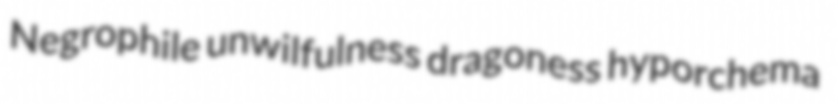
Negrophile unwilfulness dragoness hyporchema